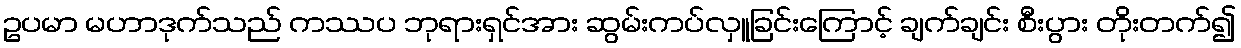
ဥပမာ မဟာဒုက်သည် ကဿပ ဘုရားရှင်အား ဆွမ်းကပ်လှူခြင်းကြောင့် ချက်ချင်း စီးပွား တိုးတက်၍